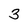
Character: 3